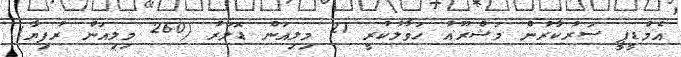
އެމްޑީޕީ ސަރުކާރުން މަޝްރޫއު ހަވާލުކުރީ 21 މިލިއަން ޑޮލަރު (260 މިލިއަން ރުފިޔާ)